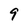
Character: 9